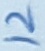
Text: 12